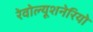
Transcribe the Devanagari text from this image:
रेवोल्यूशनेरियो